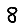
Digit: 8